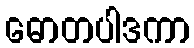
ဓောတပါဒကာ